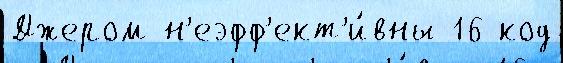
Джером н'еэфф'ект'и́вны 16 код